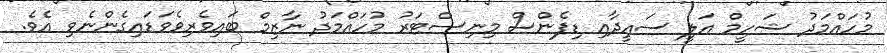
މުހައްމަދު ޝަހީމް އަލީ ސައީދާއި ޑިފެންސް މިނިސްޓަރު މުހައްމަދު ނާޒިމް ބައިވެރިވެވަޑައިގެންނެވި އެވެ.